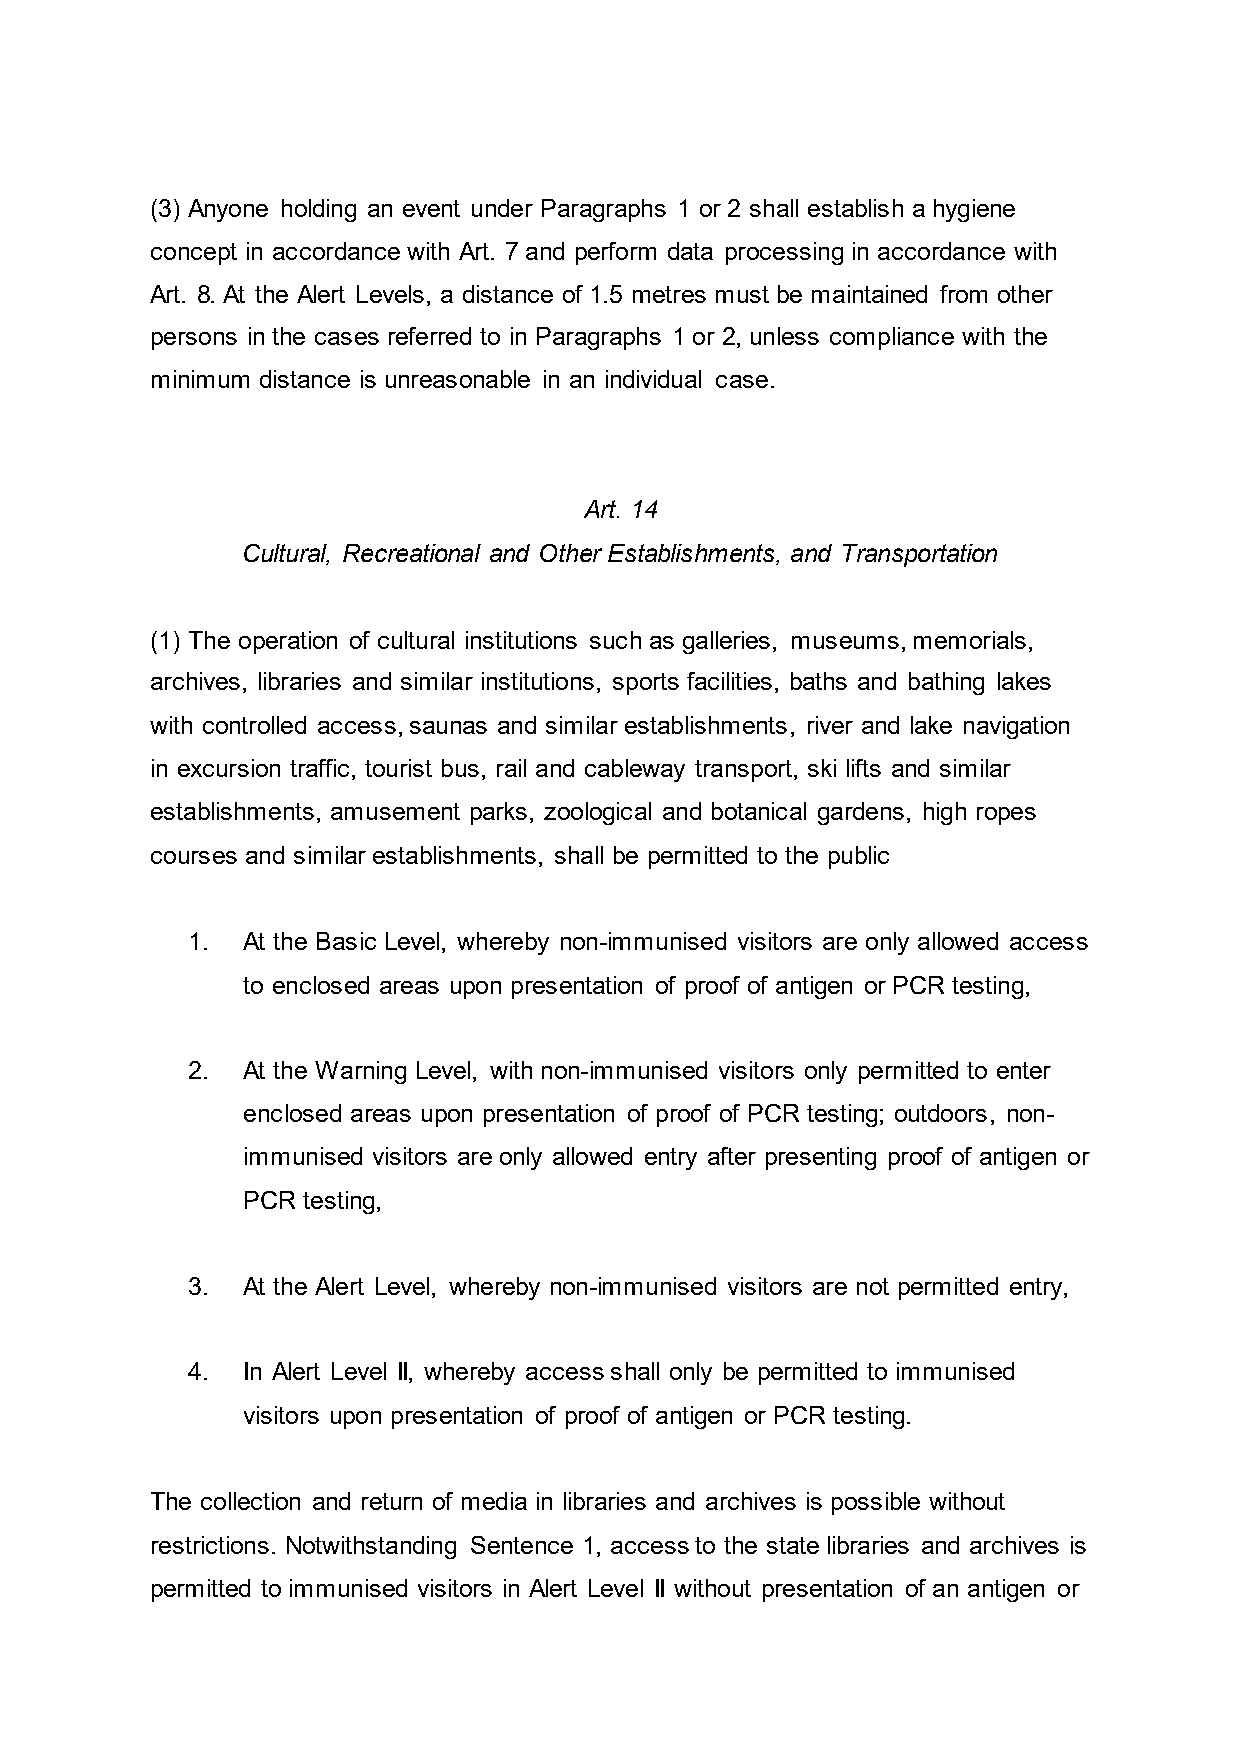
(3) Anyone holding an event under Paragraphs 1 or 2 shall establish a hygiene
 concept in accordance with Art. 7 and perform data processing in accordance with
 Art. 8. At the Alert Levels, a distance of 1.5 metres must be maintained from other
 persons in the cases referred to in Paragraphs 1 or 2, unless compliance with the
 minimum distance is unreasonable in an individual case.
 Art. 14
 Cultural, Recreational and Other Establishments, and Transportation
 (1) The operation of cultural institutions such as galleries, museums, memorials,
 archives, libraries and similar institutions, sports facilities, baths and bathing lakes
 with controlled access, saunas and similar establishments, river and lake navigation
 in excursion traffic, tourist bus, rail and cableway transport, ski lifts and similar
 establishments, amusement parks, zoological and botanical gardens, high ropes
 courses and similar establishments, shall be permitted to the public
 1.  At the Basic Level, whereby non-immunised visitors are only allowed access
 to enclosed areas upon presentation of proof of antigen or PCR testing,
 2.  At the Warning Level, with non-immunised visitors only permitted to enter
 enclosed areas upon presentation of proof of PCR testing; outdoors, non-
 immunised visitors are only allowed entry after presenting proof of antigen or
 PCR testing,
 3.  At the Alert Level, whereby non-immunised visitors are not permitted entry,
 4.  In Alert Level II, whereby access shall only be permitted to immunised
 visitors upon presentation of proof of antigen or PCR testing.
 The collection and return of media in libraries and archives is possible without
 restrictions. Notwithstanding Sentence 1, access to the state libraries and archives is
 permitted to immunised visitors in Alert Level II without presentation of an antigen or